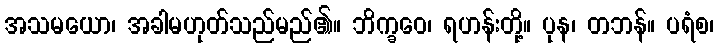
အသမယော၊ အခါမဟုတ်သည်မည်၏။ ဘိက္ခဝေ၊ ရဟန်းတို့။ ပုန၊ တဘန်။ ပရံစ၊